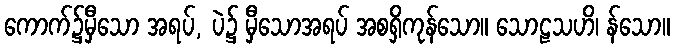
ကောက်၌မှီသော အရပ်, ပဲ၌ မှီသောအရပ် အစရှိကုန်သော။ သောဠသဟိ၊ န်သော။